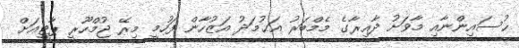
ޙުސައިންނާއި މާވަށު ދާއިރާގެ މެމްބަރު އަޙުމަދު އަޒުހާން ފަހުމީ މިރޭ ޖުމްހޫރީ ޕާޓީއަށް